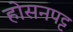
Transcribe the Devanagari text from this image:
होसनपट्ट